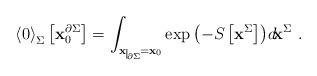
LaTeX: \begin{align*}{\langle 0 \rangle}_{\Sigma}\left[{\bf x}_0^{\partial\Sigma}\right]=\int_{{\bf x}\nolinebreak\begin{picture}(10,3)(0,0)\setlength{\unitlength}{.5pt}\put(1,-7){\line(0,1){14}}\put(2,-7){$\scriptscriptstyle\partial\Sigma$}\end{picture}={\bf x}_0}\exp{\left(-S\left[{\bf x}^{\Sigma}\right]\right)}d\!{\bf x}^{\Sigma}\ .\end{align*}